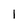
Character: l